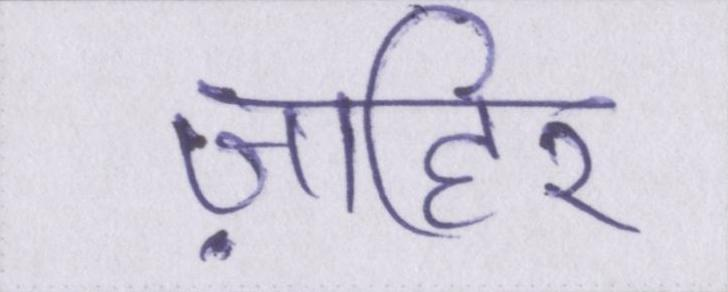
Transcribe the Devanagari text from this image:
ज़ाहिर